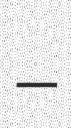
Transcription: –